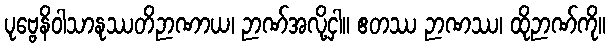
ပုဗ္ဗေနိဝါသာနုဿတိဉာဏာယ၊ ဉာဏ်အလို့ငှါ။ ဧတဿ ဉာဏဿ၊ ထိုဉာဏ်ကို။